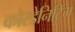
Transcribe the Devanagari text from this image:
कोरडेनिटिंग